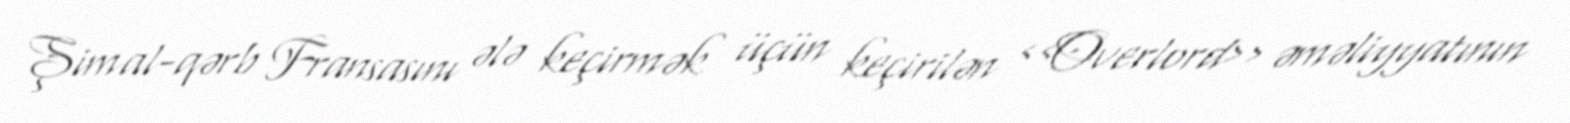
Şimal-qərb Fransasını ələ keçirmək üçün keçirilən <<Overlord>> əməliyyatının